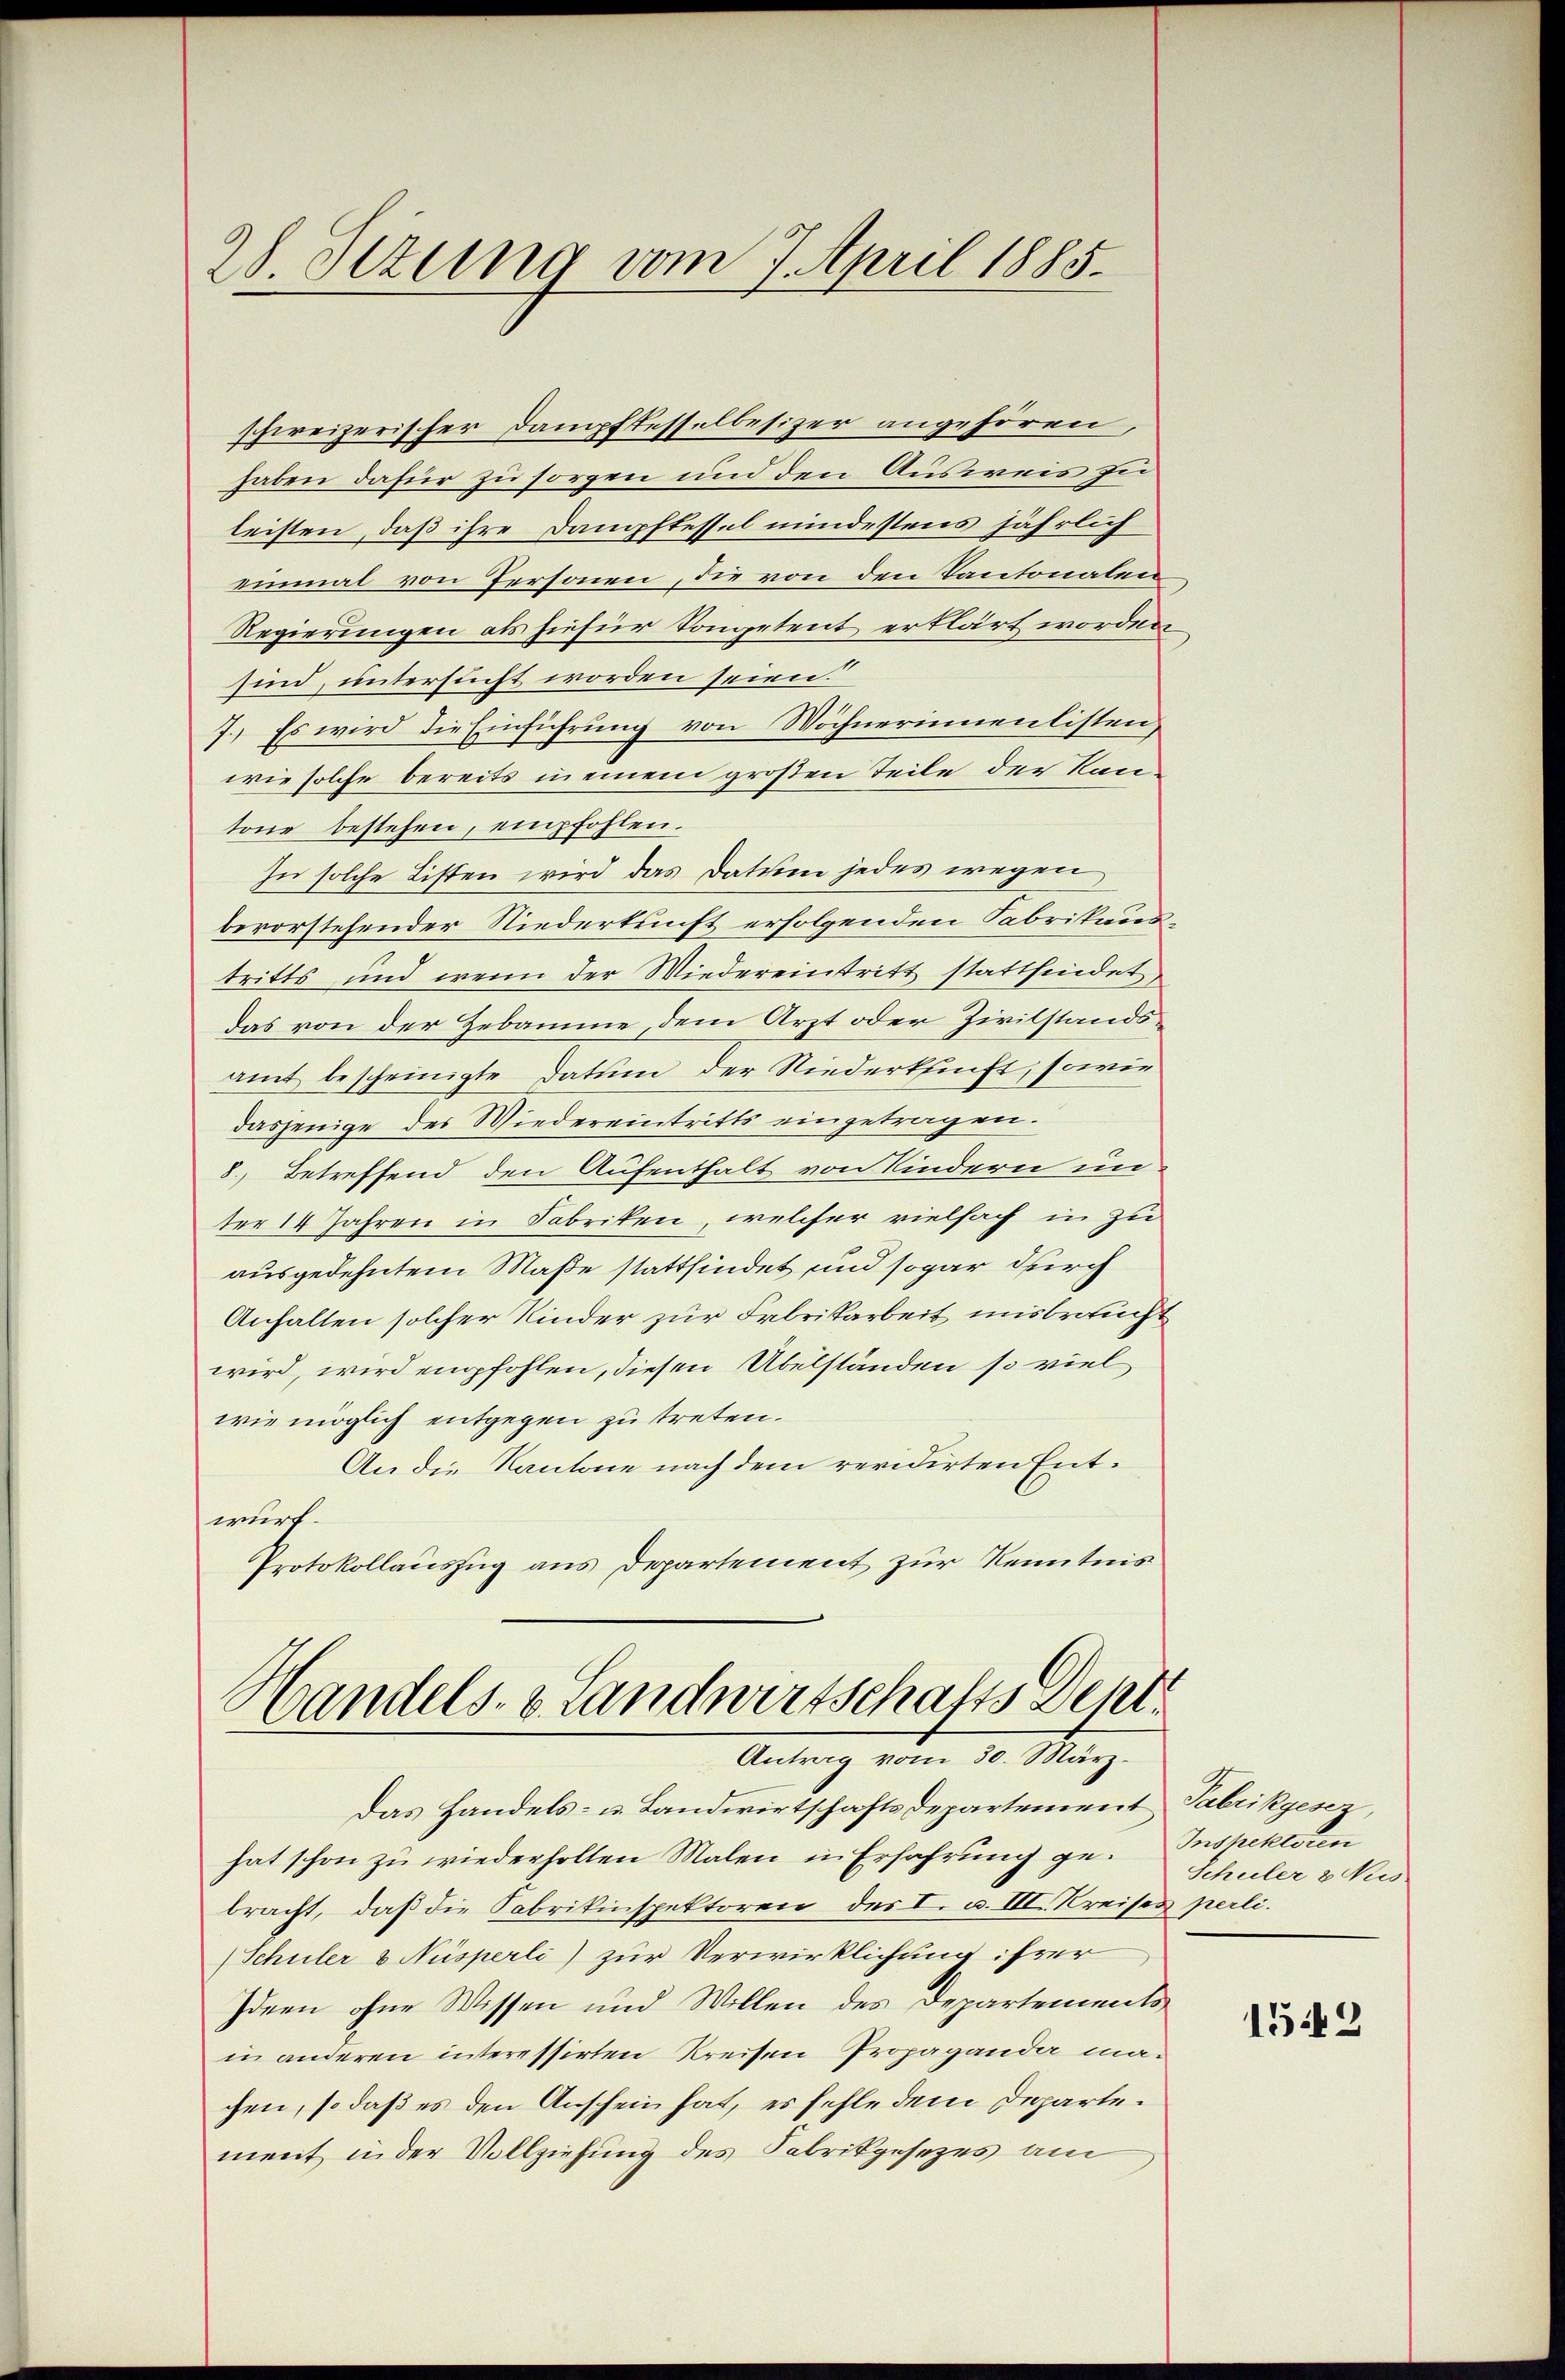
28. Sezung vom 7. April 1885.

schweizerischer Dampftesselbesizer angehören,
haben dafür zu sorgen und den Ausweis zu
leisten, daß ihre Dampftessel mindestens jährlich
einmal von Personen, die von den Kantonalen
Regierungen als hiefür Kompetent erklärt worden,
sind, untersucht worden seien.
7. Es wird die Einführung von Wöchnerinnenlisten,
wie solche bereits in einem großen Teile der Kantone bestehen, empfohlen.
In solche Listen wird das Datum jedes wegen
bevorstehender Niederkunft erfolgenden Fabrikaustritts und wenn der Wiedereintritt stattfindet,
das von der Hebamme, dem Arzt oder Zivilstandsamt bescheinigte Datum der Niederkunft, sowie
dasjenige der Wiedereintritts eingetragen.
8) Betreffend den Aufenthalt von Kindern un-
ter 14 Jahren in Fabriken, welcher vielfach in zu
ausgedehntem Maße stattfindet und sogar durch
Anhalten solcher Kinder zur Fabrikarbeit insbraucht
wird, wird empfohlen, diesen Übelständen so viel
wie möglich entgegen zu treten.
An die Kantone nach dem revidirten Entwurf.
Protokollauszug aus Departement zur Kenntnis

Handels- & Landwirtschafts Dekl
Antrag vom 20. März.

Das Handels- u. Landwirtschaftsdepartement Tabrikgesez,
hat schon zu wiederholten Malen in Erfahrung gebracht, daß die Fabrikinspektoren des I. u. III. Kreises perli.
(Schuler & Nüsperli) zur Verwirklichung ihrer
Ideen ohne Wissen und Willen des Departements
in anderen interessirten Kreisen Propaganda ma-
chen, so daß es den Anschein hat, es fehle dem Departement in der Vollziehung des Fabrikgesezes am

Inspektoren
Schuler & Nies

1542